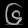
Digit: ၆